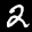
Label: 2